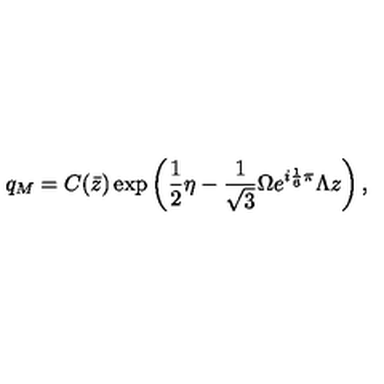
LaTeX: q _ { M } = C ( \bar { z } ) \exp \left( \frac { 1 } { 2 } \eta - \frac { 1 } { \sqrt { 3 } } \Omega e ^ { i \frac { 1 } { 6 } \pi } \Lambda z \right) ,